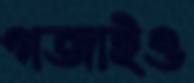
গজাইও